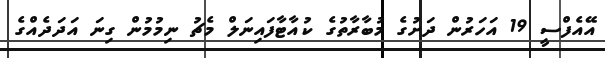
އޭއެފްސީ 19 އަހަރުން ދަށުގެ މުބާރާތުގެ ކުއާޓާފައިނަލް މެޗު ނިމުމުން ގިނަ އަދަދެއްގެ